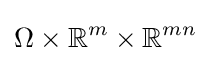
\Omega \times \mathbb {R} ^{m}\times \mathbb {R} ^{mn}